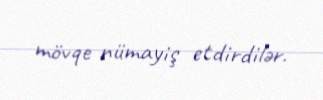
mövqe nümayiş etdirdilər.